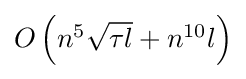
{\textstyle O\left(n^{5}{\sqrt {\tau l}}+n^{10}l\right)}